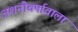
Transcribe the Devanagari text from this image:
अशनीवर्षावाला